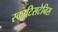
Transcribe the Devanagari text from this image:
स्काटिसटेनिस